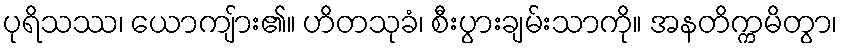
ပုရိသဿ၊ ယောကျ်ား၏။ ဟိတသုခံ၊ စီးပွားချမ်းသာကို။ အနတိက္ကမိတွာ၊